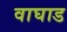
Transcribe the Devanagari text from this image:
वाघाड